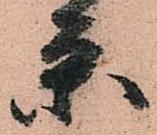
条